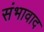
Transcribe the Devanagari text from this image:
संभावाद